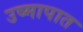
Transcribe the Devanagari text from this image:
उष्मापात